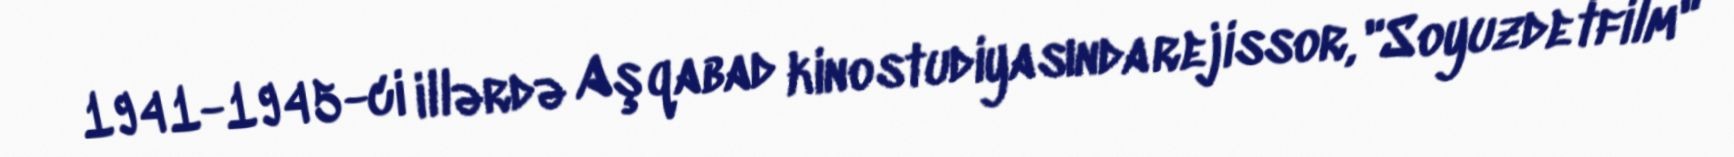
1941-1945-ci illərdə Aşqabad kinostudiyasında rejissor, "Soyuzdetfilm"